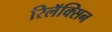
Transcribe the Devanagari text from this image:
रिलॅक्सिन